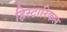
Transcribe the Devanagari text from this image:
हिस्टारिकल